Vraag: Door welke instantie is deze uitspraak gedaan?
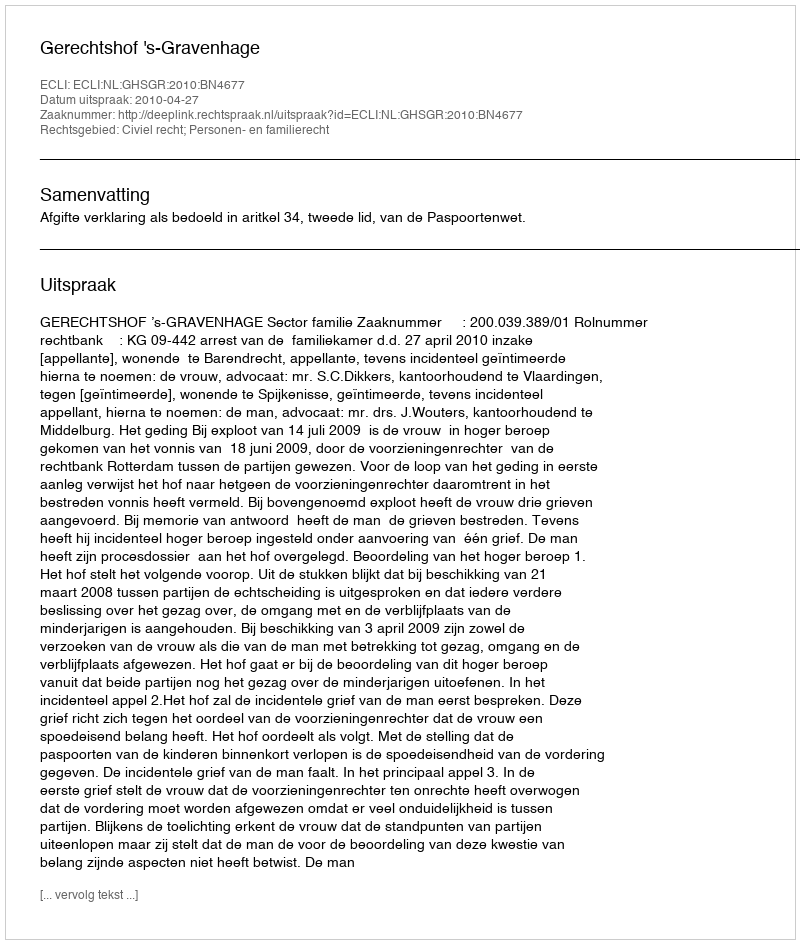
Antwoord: Gerechtshof 's-Gravenhage